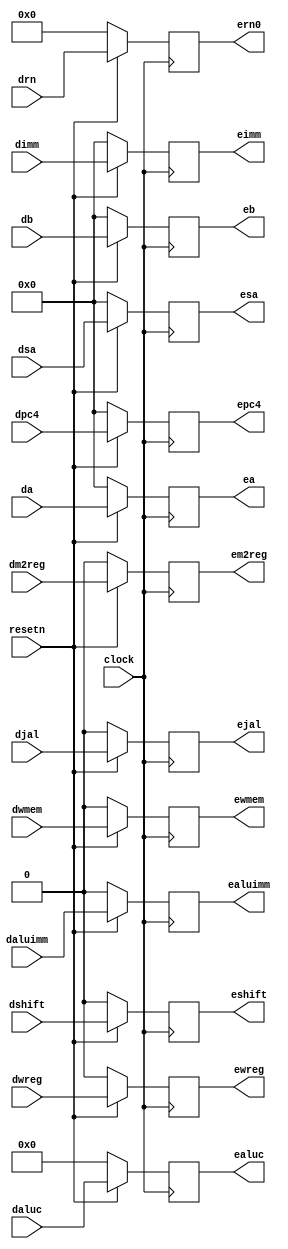
module ID_EXE_register (dwreg,dm2reg,dwmem,daluc,daluimm,da,db,dimm,drn,
        dshift,dsa,djal,dpc4,clock,resetn,ewreg,em2reg,ewmem,ealuc,ealuimm,
        ea,eb,eimm,ern0,eshift,esa,ejal,epc4);
    // too much arguments!
    // so I have to write them in this outdated style.
    input dwreg, dm2reg, dwmem, daluimm, dshift, djal, clock, resetn;
    input [3:0] daluc;
    input [4:0] drn;
    input [31:0] da, db, dimm, dpc4, dsa;

    output reg ewreg, em2reg, ewmem, ealuimm, eshift, ejal;
    output reg [3:0] ealuc;
    output reg [4:0] ern0;
    output reg [31:0] ea, eb, eimm, epc4, esa;

    always @(posedge clock) begin
        if(~resetn) begin
            ewreg <= 0;
            em2reg <= 0;
            ewmem <= 0;
            ealuimm <= 0;
            eshift <= 0;
            ejal <= 0;
            ealuc <= 4'h0;
            ern0 <= 5'h0;
            ea <= 32'h0;
            eb <= 32'h0;
            eimm <= 32'h0;
            epc4 <= 32'h0;
            esa <= 32'h0;
        end else begin
            ewreg <= dwreg;
            em2reg <= dm2reg;
            ewmem <= dwmem;
            ealuimm <= daluimm;
            eshift <= dshift;
            ejal <= djal;
            ealuc <= daluc;
            ern0 <= drn;
            ea <= da;
            eb <= db;
            eimm <= dimm;
            epc4 <= dpc4;
            esa <= dsa;
        end
    end
endmodule